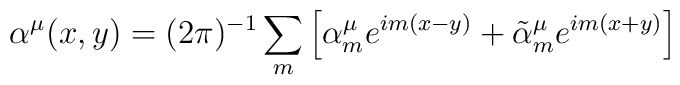
\alpha ^{\mu }(x,y)=(2\pi )^{-1}\sum\limits_{m}\left[ \alpha _{m}^{\mu}e^{im(x-y)}+\tilde{\alpha}_{m}^{\mu }e^{im(x+y)}\right]